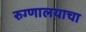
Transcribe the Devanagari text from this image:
रुग्णालयाचा